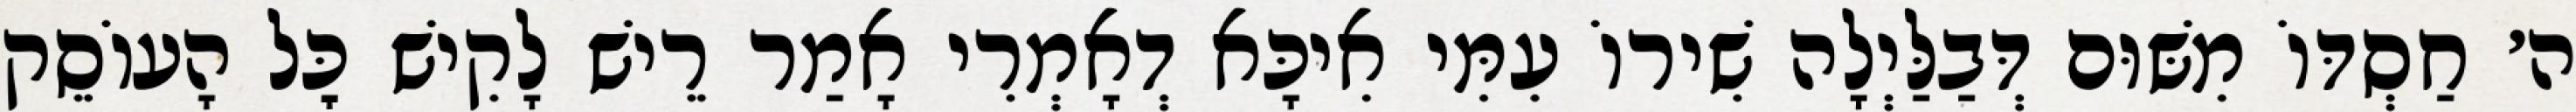
ה׳ חַסְדּוֹ מִשּׁוּם דְּבַלַּיְלָה שִׁירוֹ עִמִּי אִיכָּא דְאָמְרִי אָמַר רֵישׁ לָקִישׁ כׇּל הָעוֹסֵק